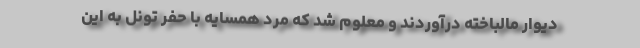
دیوار مالباخته درآوردند و معلوم شد که مرد همسایه با حفر تونل به این